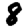
Digit: 8